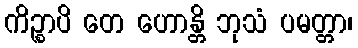
ကိဉ္စာပိ တေ ဟောန္တိ ဘုသံ ပမတ္တာ၊